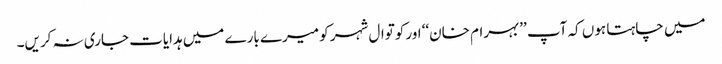
میں چاہتا ہوں کہ آپ ’’بہرام خان‘‘ اور کوتوال شہر کو میرے بارے میں ہدایات جاری نہ کریں۔